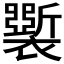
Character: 𧞐